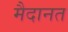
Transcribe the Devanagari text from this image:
मैदानत